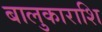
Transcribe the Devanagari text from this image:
बालुकाराशि